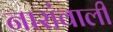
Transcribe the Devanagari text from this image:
नारांवाली